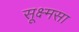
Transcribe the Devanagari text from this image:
सूक्ष्मसा